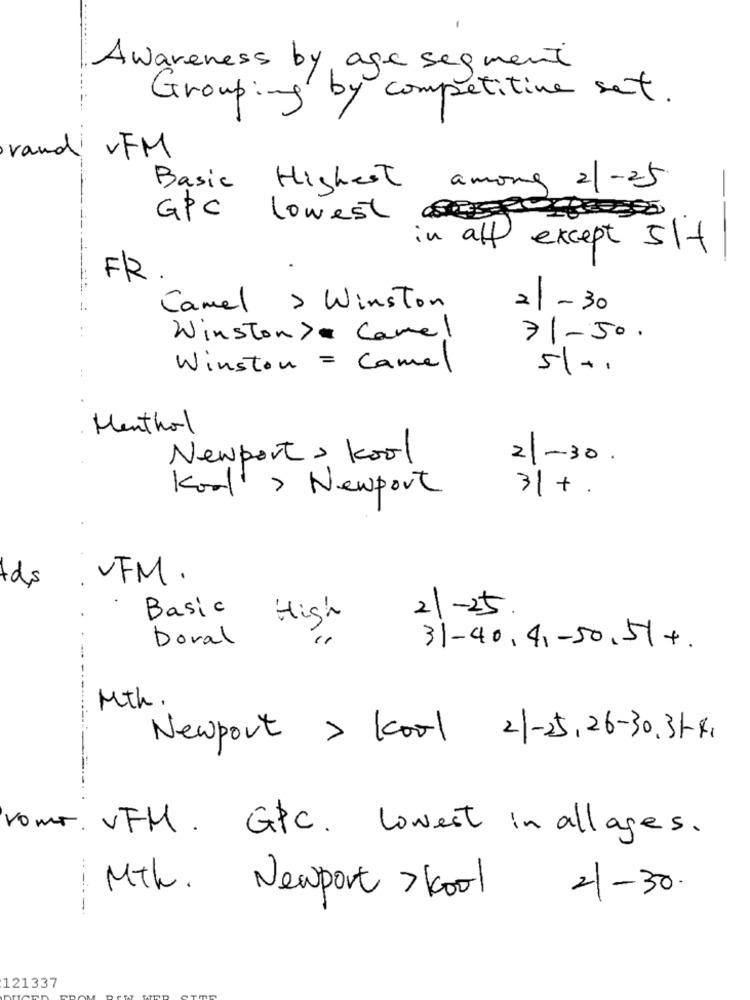
Awareness by age segment
Grouping by competitive set.
VFM
rand
Basic Highest among 21-25
GPC lowest
--
in all except 51+
FR
Camel > Winston
21- 30
Winston> Camel
71-50.
Winston = Camel
51+1
Menthol
Newport , kool
21-30 .
Kool > Newport
31+.
VFM.
tds
Basic High
21-25.
Doral
31-40,41-50.51+
Mth.
Newport > Kool 21-25,26-30.3441
rome. VFM. GPC. Lowest in allages.
Mth. Newport >kool
2-30.
-
121337